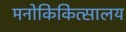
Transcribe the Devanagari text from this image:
मनोकिकित्सालय